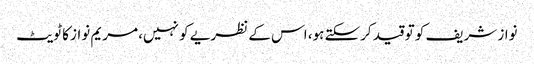
نواز شریف کو تو قید کرسکتے ہو، اس کے نظریے کو نہیں، مریم نواز کا ٹویٹ